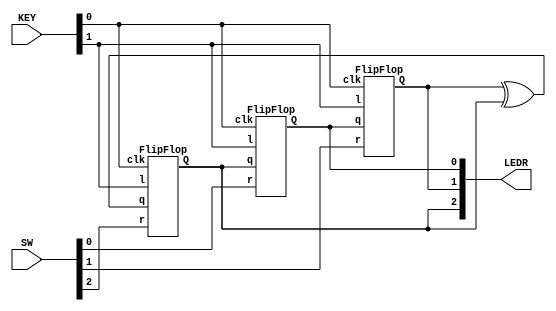
module top_module (
	input [2:0] SW,      // R
	input [1:0] KEY,     // L and clk
	output [2:0] LEDR);  // Q
    
    FlipFlop instance0(KEY[0], SW[0], LEDR[2], KEY[1], LEDR[0]);
    FlipFlop instance1(KEY[0], SW[1], LEDR[0], KEY[1], LEDR[1]);
    FlipFlop instance2(KEY[0], SW[2], (LEDR[1]^LEDR[2]), KEY[1], LEDR[2]);

endmodule

module FlipFlop(input clk, input r, input q, input l, output reg Q);
    always@(posedge clk) Q <= l ? r : q;
endmodule